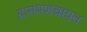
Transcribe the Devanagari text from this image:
ग्रामपणचायत